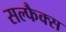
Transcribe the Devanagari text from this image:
सल्फैक्स